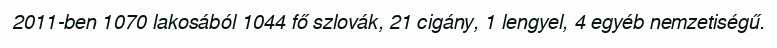
2011-ben 1070 lakosából 1044 fő szlovák, 21 cigány, 1 lengyel, 4 egyéb nemzetiségű.